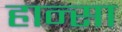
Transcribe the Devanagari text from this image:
हान्सा